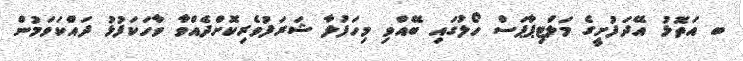
ބ އަތޮޅު އޭދަފުށީގެ މަލްޓިޕާޕަސް ހޯލުގައި ބޭއްވި މިހަފުލާ ޝަރަފުވެރިކޮށްދެއްވާ ވާހަކަފުޅު ދައްކަވަމުން